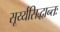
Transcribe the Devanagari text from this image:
सूर्य्यसिद्धान्तः